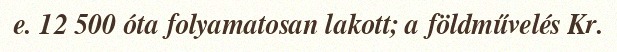
e. 12 500 óta folyamatosan lakott; a földművelés Kr.